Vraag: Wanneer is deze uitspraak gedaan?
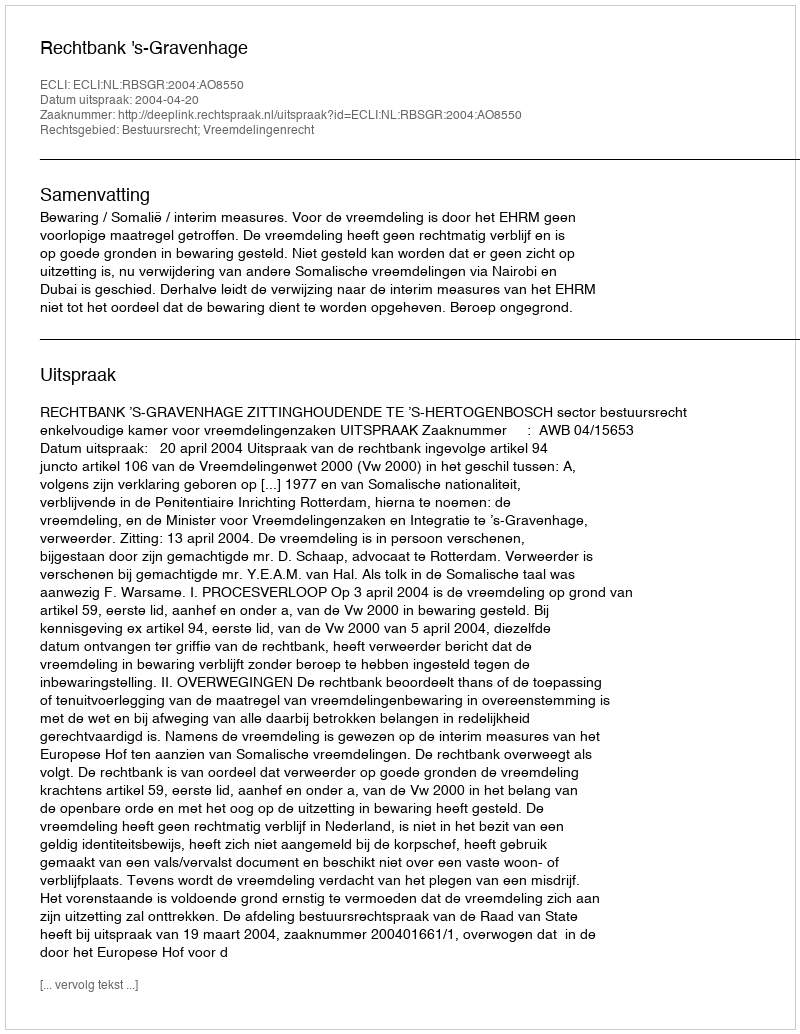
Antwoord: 2004-04-20